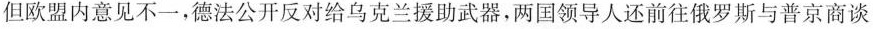
但欧盟内意见不一，德法公开反对给乌克兰援助武器，两国领导人还前往俄罗斯与普京